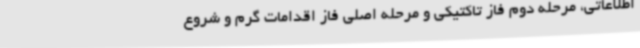
اطلاعاتی، مرحله دوم فاز تاکتیکی و مرحله اصلی فاز اقدامات گرم و شروع